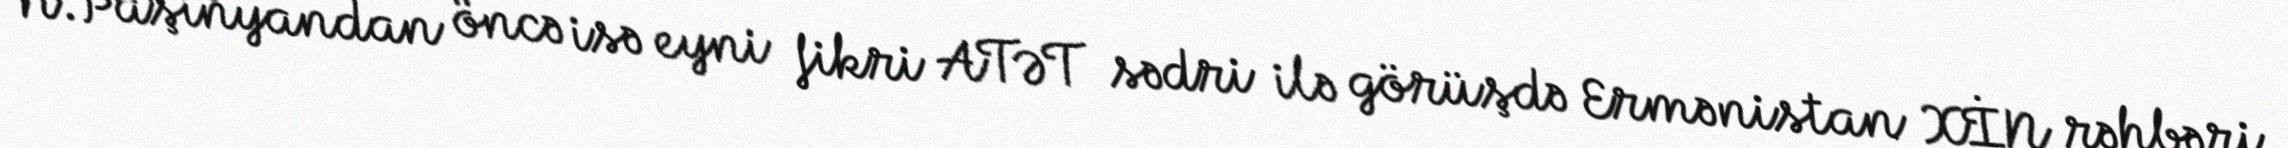
N.Paşinyandan öncə isə eyni fikri ATƏT sədri ilə görüşdə Ermənistan XİN rəhbəri